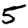
Digit: 5